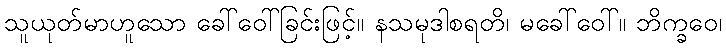
သူယုတ်မာဟူသော ခေါ်ဝေါ်ခြင်းဖြင့်။ နသမုဒါစရတိ၊ မခေါ်ဝေါ်။ ဘိက္ခဝေ၊